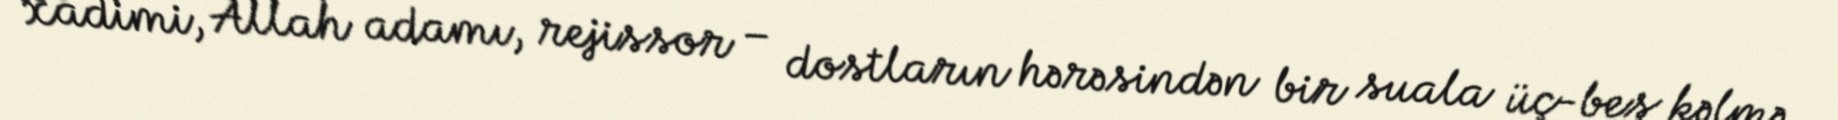
xadimi, Allah adamı, rejissor – dostların hərəsindən bir suala üç-beş kəlmə